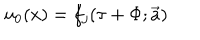
u _ { 0 } ( x ) = f _ { j } ( \tau + \Phi ; \overrightarrow { a } )